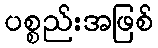
ပစ္စည်းအဖြစ်